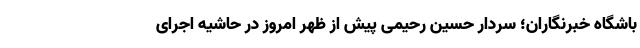
باشگاه خبرنگاران؛ سردار حسین رحیمی پیش از ظهر امروز در حاشیه اجرای